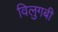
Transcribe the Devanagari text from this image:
विलुगबी